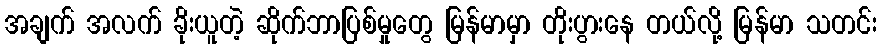
အချက် အလက် ခိုးယူတဲ့ ဆိုက်ဘာပြစ်မှုတွေ မြန်မာမှာ တိုးပွားနေ တယ်လို့ မြန်မာ သတင်း